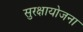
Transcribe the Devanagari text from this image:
सुरक्षायोजना